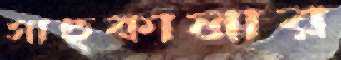
সাহুকালার